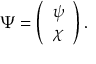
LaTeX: \Psi = \left( \begin{array} { l } { { \psi } } \\ { { \chi } } \end{array} \right) .